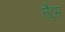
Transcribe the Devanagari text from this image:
लैट्स